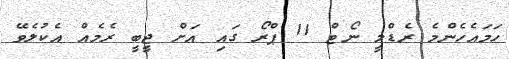
ހަމައެހެންމެ ރެޑްމީ ނޯޓް 11 ޕްރޯ ގައި އަށް ޖީބީ ރެމެއް އެކުލެވޭ